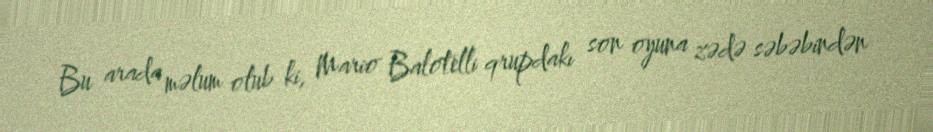
Bu arada məlum olub ki, Mario Balotelli qrupdakı son oyuna zədə səbəbindən